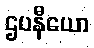
ဌပနီယော